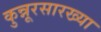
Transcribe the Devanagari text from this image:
कुन्नूरसारख्या